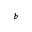
^ { b }